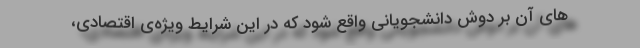
های آن بر دوش دانشجویانی واقع شود که در این شرایط ویژه‌ی اقتصادی،